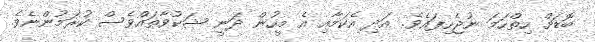
ބޮޑަށް ހިތްހަމަ ނުޖެހިފައެވެ. އަދި އެކަމާއި އެ މީހުން ދަނީ ޝަކުވާތައްވެސް ކުރަމުންނެވެ.